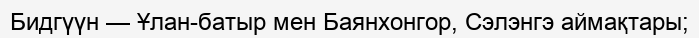
Бидгүүн — Ұлан-батыр мен Баянхонгор, Сэлэнгэ аймақтары;